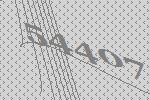
54407